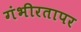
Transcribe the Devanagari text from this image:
गंभीरतापर